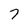
Character: 7